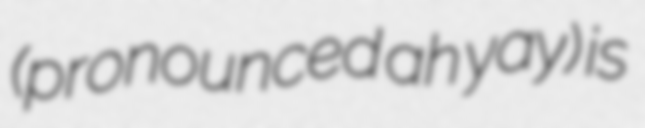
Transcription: (pronounced ah yay) is